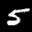
Label: 5